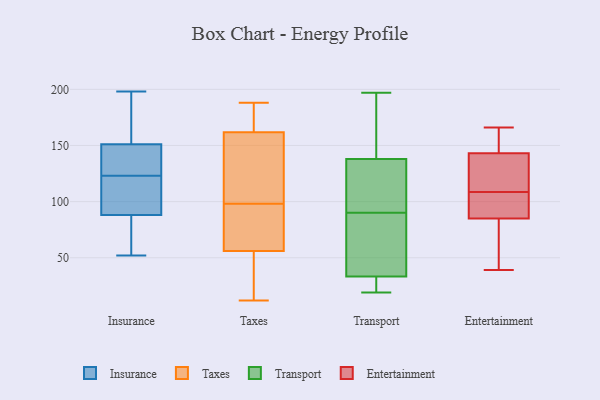
{"axis": {"x": "Budget (USD K)", "y": "Value"}, "legend": ["Entertainment", "Insurance", "Taxes", "Transport"], "data": [{"x": "", "y": 135, "type": "Insurance"}, {"x": "", "y": 167, "type": "Insurance"}, {"x": "", "y": 97, "type": "Insurance"}, {"x": "", "y": 198, "type": "Insurance"}, {"x": "", "y": 116, "type": "Insurance"}, {"x": "", "y": 130, "type": "Insurance"}, {"x": "", "y": 88, "type": "Insurance"}, {"x": "", "y": 59, "type": "Insurance"}, {"x": "", "y": 52, "type": "Insurance"}, {"x": "", "y": 132, "type": "Insurance"}, {"x": "", "y": 116, "type": "Insurance"}, {"x": "", "y": 64, "type": "Insurance"}, {"x": "", "y": 169, "type": "Insurance"}, {"x": "", "y": 151, "type": "Insurance"}, {"x": "", "y": 64, "type": "Taxes"}, {"x": "", "y": 103, "type": "Taxes"}, {"x": "", "y": 57, "type": "Taxes"}, {"x": "", "y": 78, "type": "Taxes"}, {"x": "", "y": 156, "type": "Taxes"}, {"x": "", "y": 104, "type": "Taxes"}, {"x": "", "y": 188, "type": "Taxes"}, {"x": "", "y": 12, "type": "Taxes"}, {"x": "", "y": 179, "type": "Taxes"}, {"x": "", "y": 98, "type": "Taxes"}, {"x": "", "y": 12, "type": "Taxes"}, {"x": "", "y": 182, "type": "Taxes"}, {"x": "", "y": 53, "type": "Taxes"}, {"x": "", "y": 193, "type": "Transport"}, {"x": "", "y": 28, "type": "Transport"}, {"x": "", "y": 55, "type": "Transport"}, {"x": "", "y": 85, "type": "Transport"}, {"x": "", "y": 90, "type": "Transport"}, {"x": "", "y": 19, "type": "Transport"}, {"x": "", "y": 135, "type": "Transport"}, {"x": "", "y": 35, "type": "Transport"}, {"x": "", "y": 19, "type": "Transport"}, {"x": "", "y": 104, "type": "Transport"}, {"x": "", "y": 197, "type": "Transport"}, {"x": "", "y": 141, "type": "Transport"}, {"x": "", "y": 137, "type": "Transport"}, {"x": "", "y": 85, "type": "Entertainment"}, {"x": "", "y": 166, "type": "Entertainment"}, {"x": "", "y": 143, "type": "Entertainment"}, {"x": "", "y": 85, "type": "Entertainment"}, {"x": "", "y": 147, "type": "Entertainment"}, {"x": "", "y": 39, "type": "Entertainment"}, {"x": "", "y": 131, "type": "Entertainment"}, {"x": "", "y": 139, "type": "Entertainment"}, {"x": "", "y": 63, "type": "Entertainment"}, {"x": "", "y": 86, "type": "Entertainment"}]}